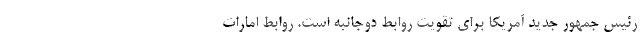
رئیس جمهور جدید آمریکا برای تقویت روابط دوجانبه است. روابط امارات